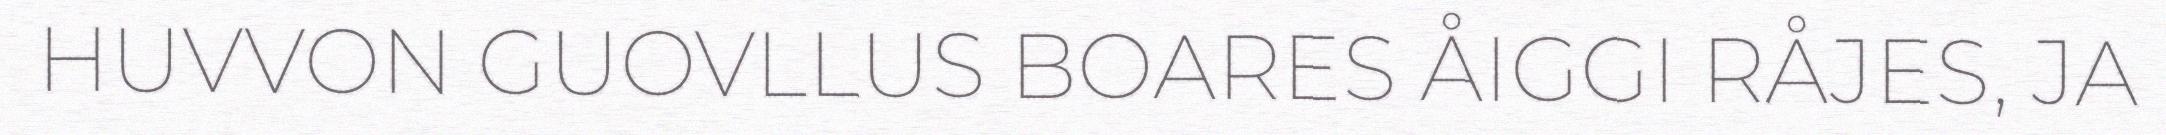
HUVVON GUOVLLUS BOARES ÅIGGI RÅJES, JA